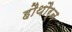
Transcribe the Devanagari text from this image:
हौथौर्न